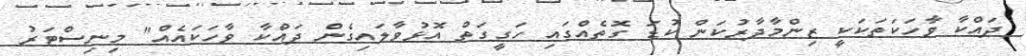
ދައްކާ ވާހަކަތަކަކީ ޒިންމާދާރުކަން ކުޑަ ގޮތެއްގައި ހަގީގަތް އޮޅުވާލައިގެން ދައްކާ ވާހަކައެއް" މިނިސްޓަރު